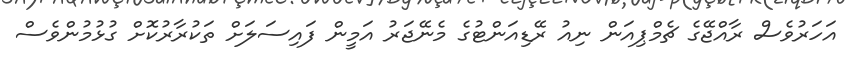
އަހަރުވެސް ރާއްޖޭގެ ޗެމްޕިއަން ނިއު ރޭޑިއަންޓުގެ މެނޭޖަރު އަމީން ފައިސަލަށް ތަކުރާރުކޮށް ގުޅުމުންވެސް